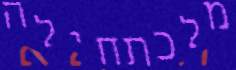
מלכתחילה